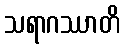
သရာဂဿာတိ